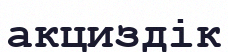
акциздік